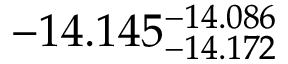
- 1 4 . 1 4 5 _ { - 1 4 . 1 7 2 } ^ { - 1 4 . 0 8 6 }